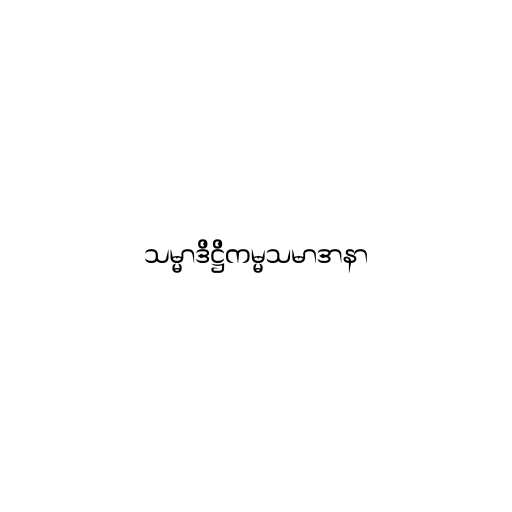
သမ္မာဒိဋ္ဌိကမ္မသမာဒာနာ